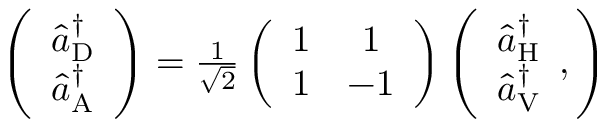
\begin{array} { r } { \left( \begin{array} { c } { \hat { a } _ { \mathrm { D } } ^ { \dagger } } \\ { \hat { a } _ { \mathrm { A } } ^ { \dagger } } \end{array} \right) = \frac { 1 } { \sqrt { 2 } } \left( \begin{array} { c c } { 1 } & { 1 } \\ { 1 } & { - 1 } \end{array} \right) \left( \begin{array} { c } { \hat { a } _ { \mathrm { H } } ^ { \dagger } } \\ { \hat { a } _ { \mathrm { V } } ^ { \dagger } } \end{array} , \right) } \end{array}